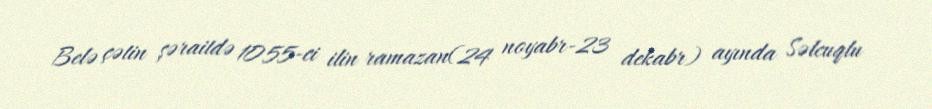
Belə çətin şəraitdə 1055-ci ilin ramazan(24 noyabr-23 dekabr) ayında Səlcuqlu